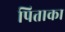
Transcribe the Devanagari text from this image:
पिताका